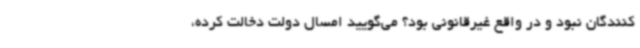
‌کنندگان نبود و در واقع غیرقانونی بود؟ می‌گویید امسال دولت دخالت کرده،